Specificity of antivenomous sera - Number 5
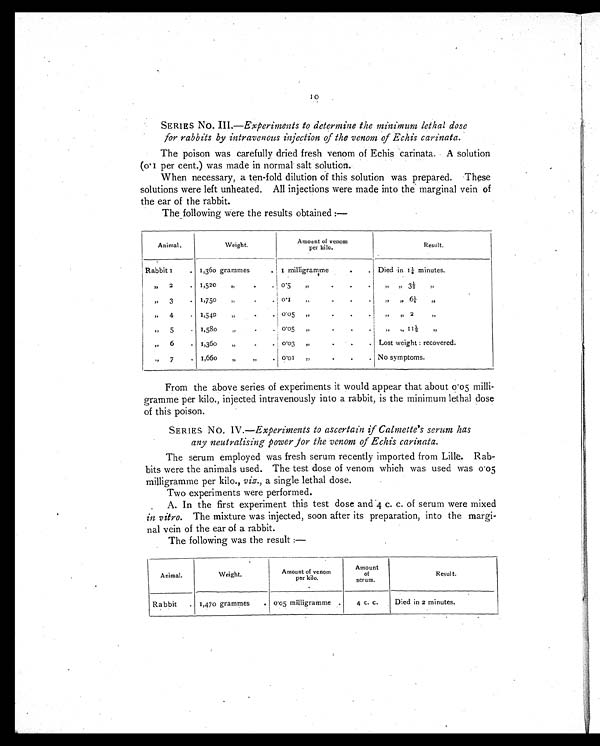
10
SERIES NO. III.— Experiments to determine the minimum lethal dose
for rabbits by intravenous injection of the venom of Echis carinata.
The poison was carefully dried fresh venom of Echis carinata. A solution
(0.1 per cent.) was made in normal salt solution.
When necessary, a ten-fold dilution of this solution was prepared. These
solutions were left unheated. All injections were made into the marginal vein of
the ear of the rabbit.
The following were the results obtained :—
Animal.
Weight.
Amount of venom
per kilo.
Result.
Rabbit 1
. 1,36o grammes
. 1 milligramme
. .
Died in. 1¼ minutes.
,,
2
. 1,520
„
. 0.5
„
. .
.
,,
,,
3 ½
,,
,, 3
. 1,750
„
.
.
0.1
„
. .
.
,, ,, 6 ¼
,,
,, 4
. 1,540
„
. 0.05
„
. . .
,, ,,
2
,,
,,
5
. 1,580
„
.
. 0.05 „
.
.
.
.
„ „ 1
1 ½
, ,
„ 6
. 1,360
„
. 0.03 „
. . . Lost weight : recovered.
„ 7
. 1,660
„ „
. 0.01
„
. . .
No symptoms.
From the above series of experiments it would appear that about 0.05 milli-
gramme per kilo., injected intravenously into a rabbit, is the minimum lethal dose
of this poison.
SERIES No. IV.— Experiments to ascertain if Calmette's serum has
any neutralising power for the venom of Echis carinata.
The serum employed was fresh serum recently imported from Lille. Rab-
bits were the animals used. The test dose of venom which was used was 0.05
milligramme per kilo., viz., a single lethal dose.
Two experiments were performed.
A. In the first experiment this test dose and 4 c. c. of serum were mixed
in vitro. The mixture was injected, soon after its preparation, into the margi-
nal vein of the ear of a rabbit.
The following was the result :—
Animal.
Weight.
Amount of venom
per kilo.
Amount
of
serum.
Result.
Rabbit .
1,470 grammes
. 0.05 milligramme
.
4 c. c.
Died in 2 minutes.